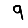
Digit: 9